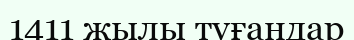
1411 жылы туғандар